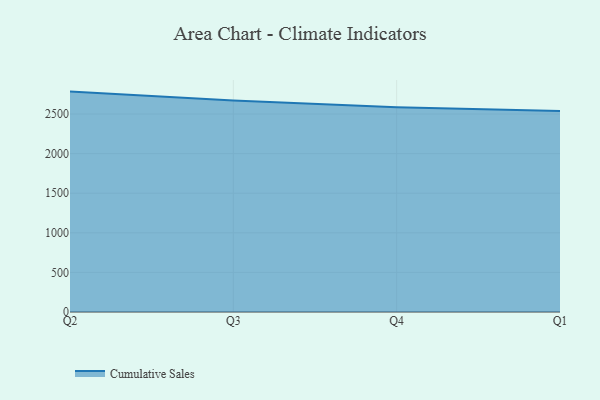
{"axis": {"x": "Quarter", "y": "Production Output"}, "legend": ["Cumulative Sales"], "data": [{"x": "Q2", "y": 2783.1, "type": "Cumulative Sales"}, {"x": "Q3", "y": 2669.7, "type": "Cumulative Sales"}, {"x": "Q4", "y": 2586.0, "type": "Cumulative Sales"}, {"x": "Q1", "y": 2536.6, "type": "Cumulative Sales"}]}